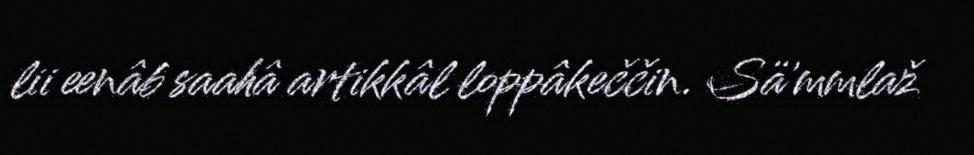
lii eenâb saahâ artikkâl loppâkeččin. Sä'mmlaž